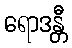
ရောဒန္တီ